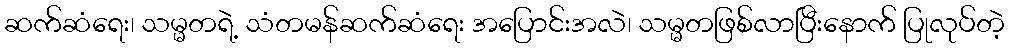
ဆက်ဆံရေး၊ သမ္မတရဲ့ သံတမန်ဆက်ဆံရေး အပြောင်းအလဲ၊ သမ္မတဖြစ်လာပြီးနောက် ပြုလုပ်တဲ့